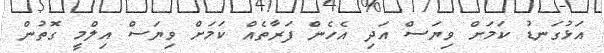
އަޅުގަނޑު ކަމަށް ވިޔަސް އަދި އެހެން ފަރާތެއް ކަމަށް ވިޔަސް އިލްމީ ގޮތުން